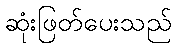
ဆုံးဖြတ်ပေးသည်